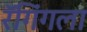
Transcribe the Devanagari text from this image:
रॅगिंगला